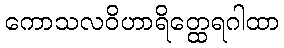
ကောသလဝိဟာရိတ္ထေရဂါထာ